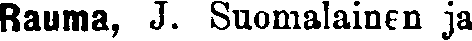
Rauma, J. Suomalainen ja